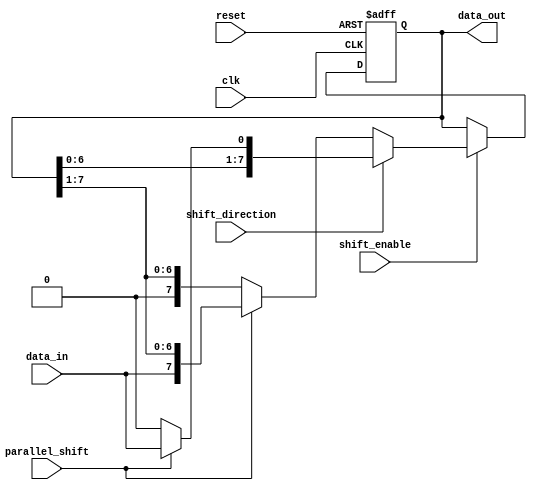
module UniversalShiftRegister (
    input wire clk,
    input wire reset,
    input wire shift_direction, // 0 for right shift, 1 for left shift
    input wire parallel_shift, // 0 for serial shift, 1 for parallel shift
    input wire data_in,
    input wire shift_enable,
    output reg [7:0] data_out
);

reg [7:0] shift_register;

always @(posedge clk or posedge reset) begin
    if (reset) begin
        shift_register <= 8'b00000000;
    end else if (shift_enable) begin
        if (shift_direction == 1'b0) begin // Right shift
            if (parallel_shift) begin
                shift_register <= {data_in, shift_register[7:1]};
            end else begin
                shift_register <= {1'b0, shift_register[7:1]};
            end
        end else begin // Left shift
            if (parallel_shift) begin
                shift_register <= {shift_register[6:0], data_in};
            end else begin
                shift_register <= {shift_register[6:0], 1'b0};
            end
        end
    end
end

assign data_out = shift_register;

endmodule